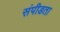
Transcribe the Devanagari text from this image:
संपीडता